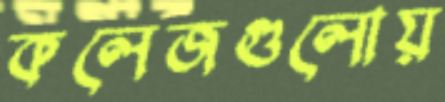
কলেজগুলোয়